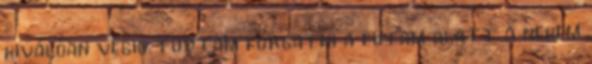
kiválóan végig tudtam forgatni a futam alatt a nekem